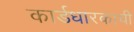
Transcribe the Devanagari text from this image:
कार्डधारकाची